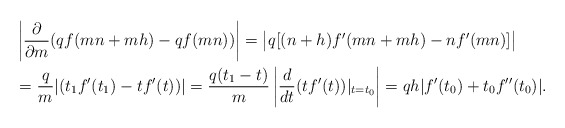
\begin{align*}&\left| \frac{\partial}{\partial m} (qf(mn+mh) - qf(mn)) \right| = \big| q [(n+h) f'(mn+mh)- n f'(mn) ] \big| \\ &= \frac{q}{m} |(t_1 f'(t_1) - t f'(t))| = \frac{q(t_1 -t)}{m} \left| \frac{d}{dt} (t f'(t))|_{t=t_0} \right| = qh |f'(t_0) + t_0 f''(t_0)|.\end{align*}